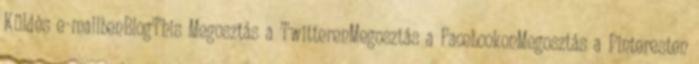
Küldés e-mailbenBlogThis Megosztás a TwitterenMegosztás a FacebookonMegosztás a Pinteresten